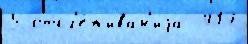
5 отсл'е́живан'иjа  417